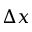
\Delta x